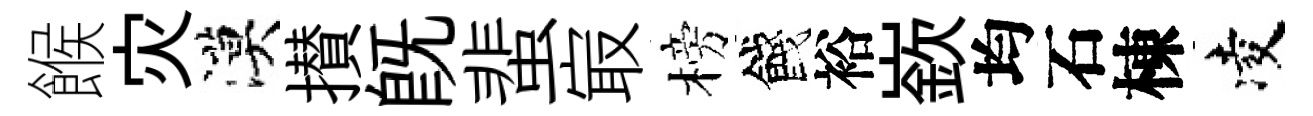
餱灾漠攅旣蜚㝡榜餞裕嶔均石棟凌